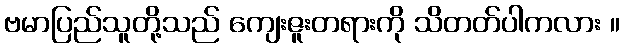
ဗမာပြည်သူတို့သည် ကျေးဇူးတရားကို သိတတ်ပါကလား ။